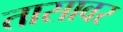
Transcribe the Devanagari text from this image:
तासावर